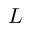
L